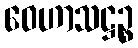
ဝေဟာသဋ္ဌဉ္စ